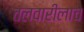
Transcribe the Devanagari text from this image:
तलवारीलाच